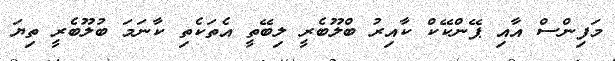
މަފިންސް އާއި ޕޭންކޭކް ކާއިރު ބްލޫބެރީ ލިބޭތީ އެތަކެތި ކާނަމަ ބުލޫބެރީ ތިޔަ